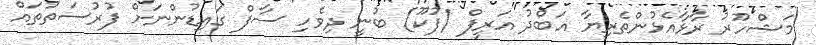
މަޝްހޫރު ރާޅާއެޅުންތެރިޔާ އަބްދު އަރީފް (ފުކޫ) ބުނީ ދިވެހި ސާފް ގައިޑުންނަށް ފުުރުސަތުތައް